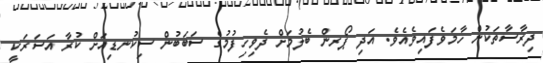
ދިރާސާތަކުން ހާމަވެފައިވެއެވެ. އަދި ޕޯރން ބެލުމަށް ދެވިހިފުމުގެ ސަބަބުން ސިކުނޑިއަށް ކުރާ އަސަރަކީ